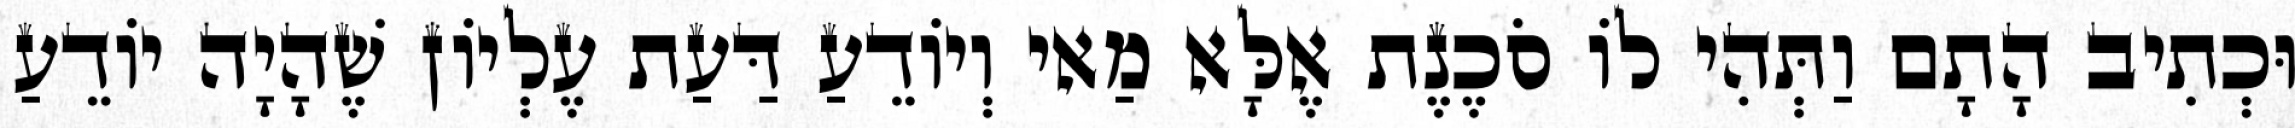
וּכְתִיב הָתָם וַתְּהִי לוֹ סֹכֶנֶת אֶלָּא מַאי וְיוֹדֵעַ דַּעַת עֶלְיוֹן שֶׁהָיָה יוֹדֵעַ